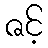
ဇင့်